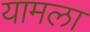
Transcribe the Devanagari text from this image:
यामला